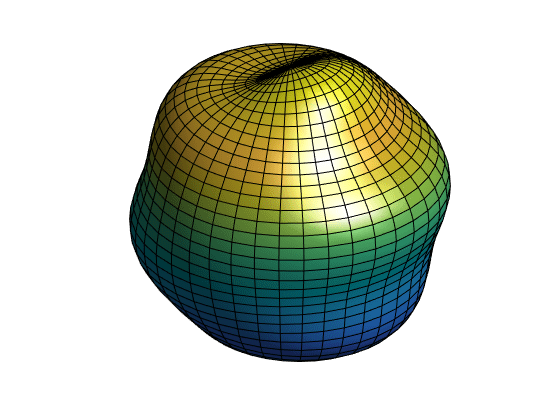
matlab, legendre, meshgrid, surf, light, lighting